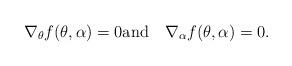
LaTeX: \begin{align*}\nabla_\theta f(\theta, \alpha)=0 {\rm and } \quad\nabla_\alpha f(\theta, \alpha)=0.\end{align*}